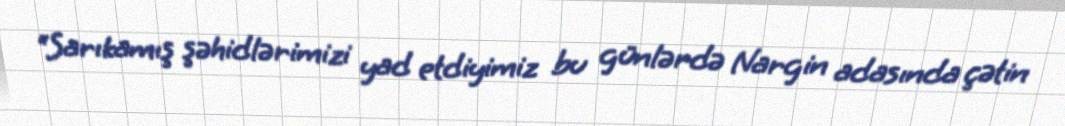
“Sarıkamış şəhidlərimizi yad etdiyimiz bu günlərdə Nargin adasında çətin